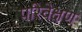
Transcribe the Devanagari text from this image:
परिवेक्षण